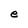
Character: e